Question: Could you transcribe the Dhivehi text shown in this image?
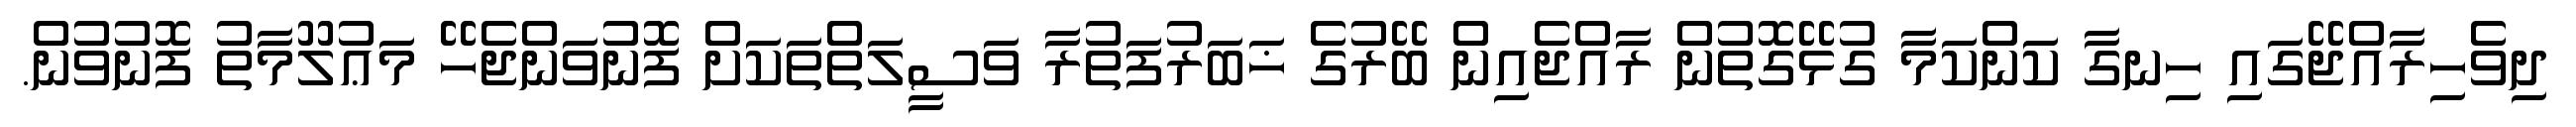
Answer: ދިވެހިރާއްޖޭގައި ހިނގާ ކަންކަމާ ގުޅޭގޮތުން ރާއްޖެއިން ބޭރުގެ ޚަބަރުފަތުރާ ވަސީލަތްތަކަށް ފޮނުވަންޖެހޭ މަޢުލޫމާތު ފޮނުވުން.